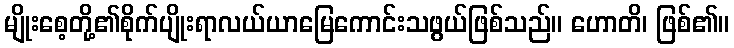
မျိုးစေ့တို့၏စိုက်ပျိုးရာလယ်ယာမြေကောင်းသဖွယ်ဖြစ်သည်။ ဟောတိ၊ ဖြစ်၏။